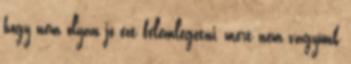
hogy nem olyan jó ezt felemlegetni, mert nem vagyunk